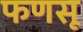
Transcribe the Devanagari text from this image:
फणसू